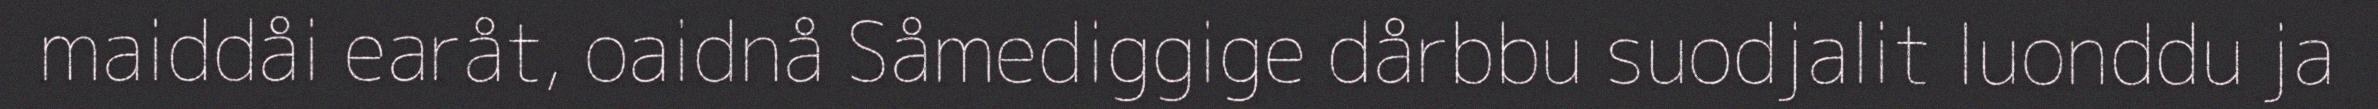
maiddåi earåt, oaidnå Såmediggige dårbbu suodjalit luonddu ja